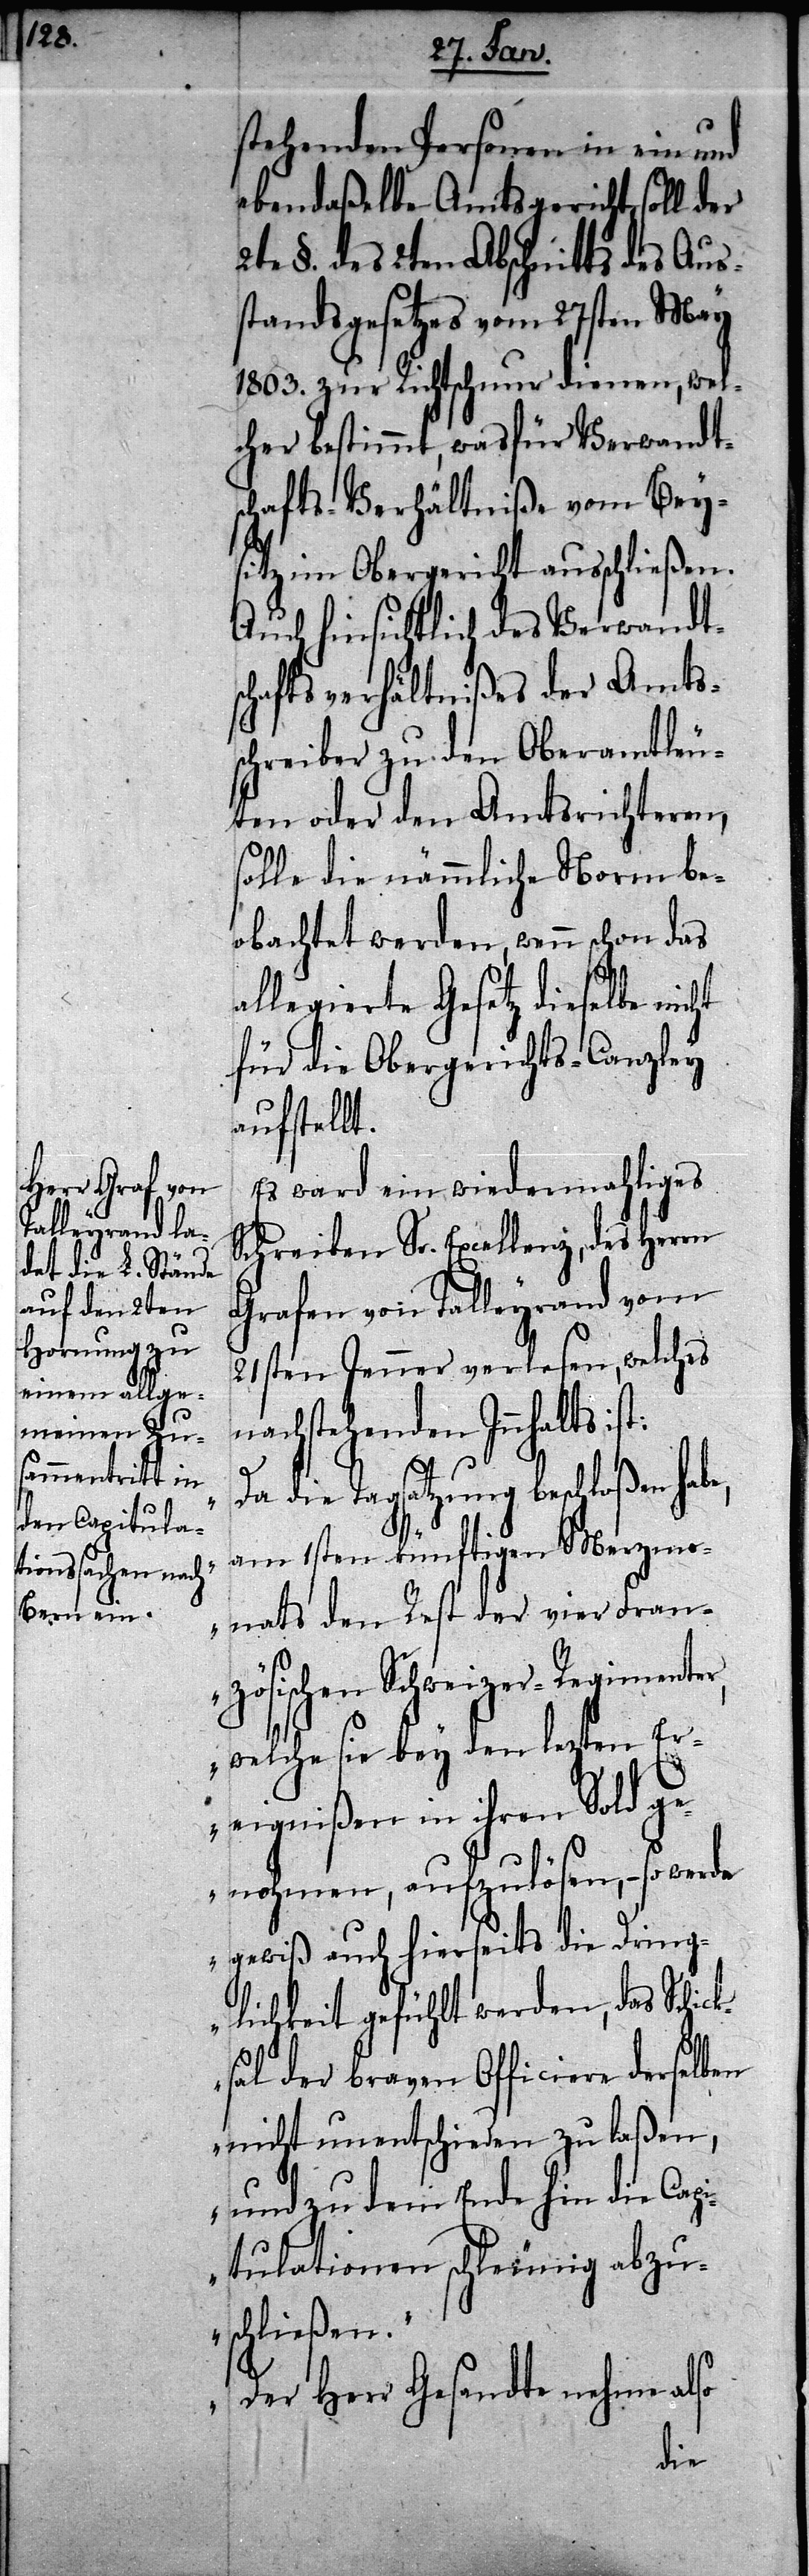
stehenden Personen in ein und
ebendaßelbe Amtsgericht, soll der
2te §. des 2ten Abschnitts des Aus¬
standsgesetzes vom 27sten May
1803. zur Richtschnur dienen, wel¬
cher bestimmt, wasfür Verwandt¬
schafts-Verhältniße vom Bey¬
sitz im Obergericht ausschließen.
Auch hinsichtlich des Verwandt¬
schaftsverhältnißes der Amts¬
schreiber zu den Oberamtleu¬
ten oder den Amtsrichteren,
solle die nämmliche Norm be¬
obachtet werden, wenn schon das
allegierte Gesetz dieselbe nic¬
für die Obergerichts-Canzley
aufstellt.
Es ward ein wiedermahliges
Schreiben Sr. Excellenz, des Herrn
Grafen von Talleyrand vom
21sten Jenner verlesen, welches
nachstehenden Innhalts ist:
„D¬
a die Tagsatzung beschloßen habe,
am 1sten künftigen Merzmo¬
nats den Rest der vier Fran¬
zösischen Schweizer-Regimenter,
welche sie bey den lezten Er¬
eignißen in ihren Sold ge¬
nohmen, aufzulösen, – so werde
gewiß auch hierseits die Dring¬
lichkeit gefühlt werden, das Schic¬
ksal der braven Officiere derselben
nicht unentschieden zu laßen,
und zu dem Ende hin die Capi¬
tulationen schleunig abzu¬
schließen.
Der Herr Gesandte nehme also